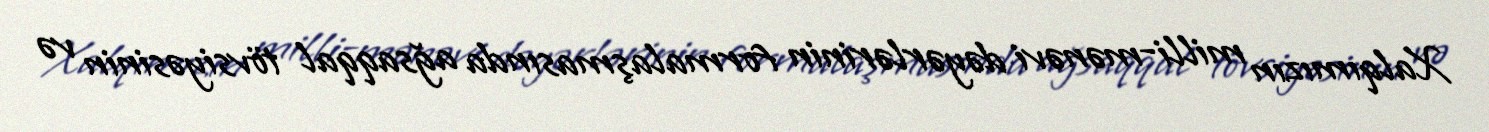
Xalqımızın milli-mənəvi dəyərlərinin formalaşmasında ağsaqqal tövsiyəsinin və